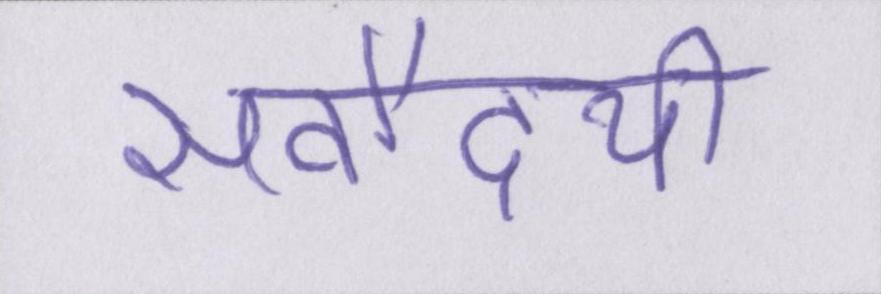
सर्वोदयी